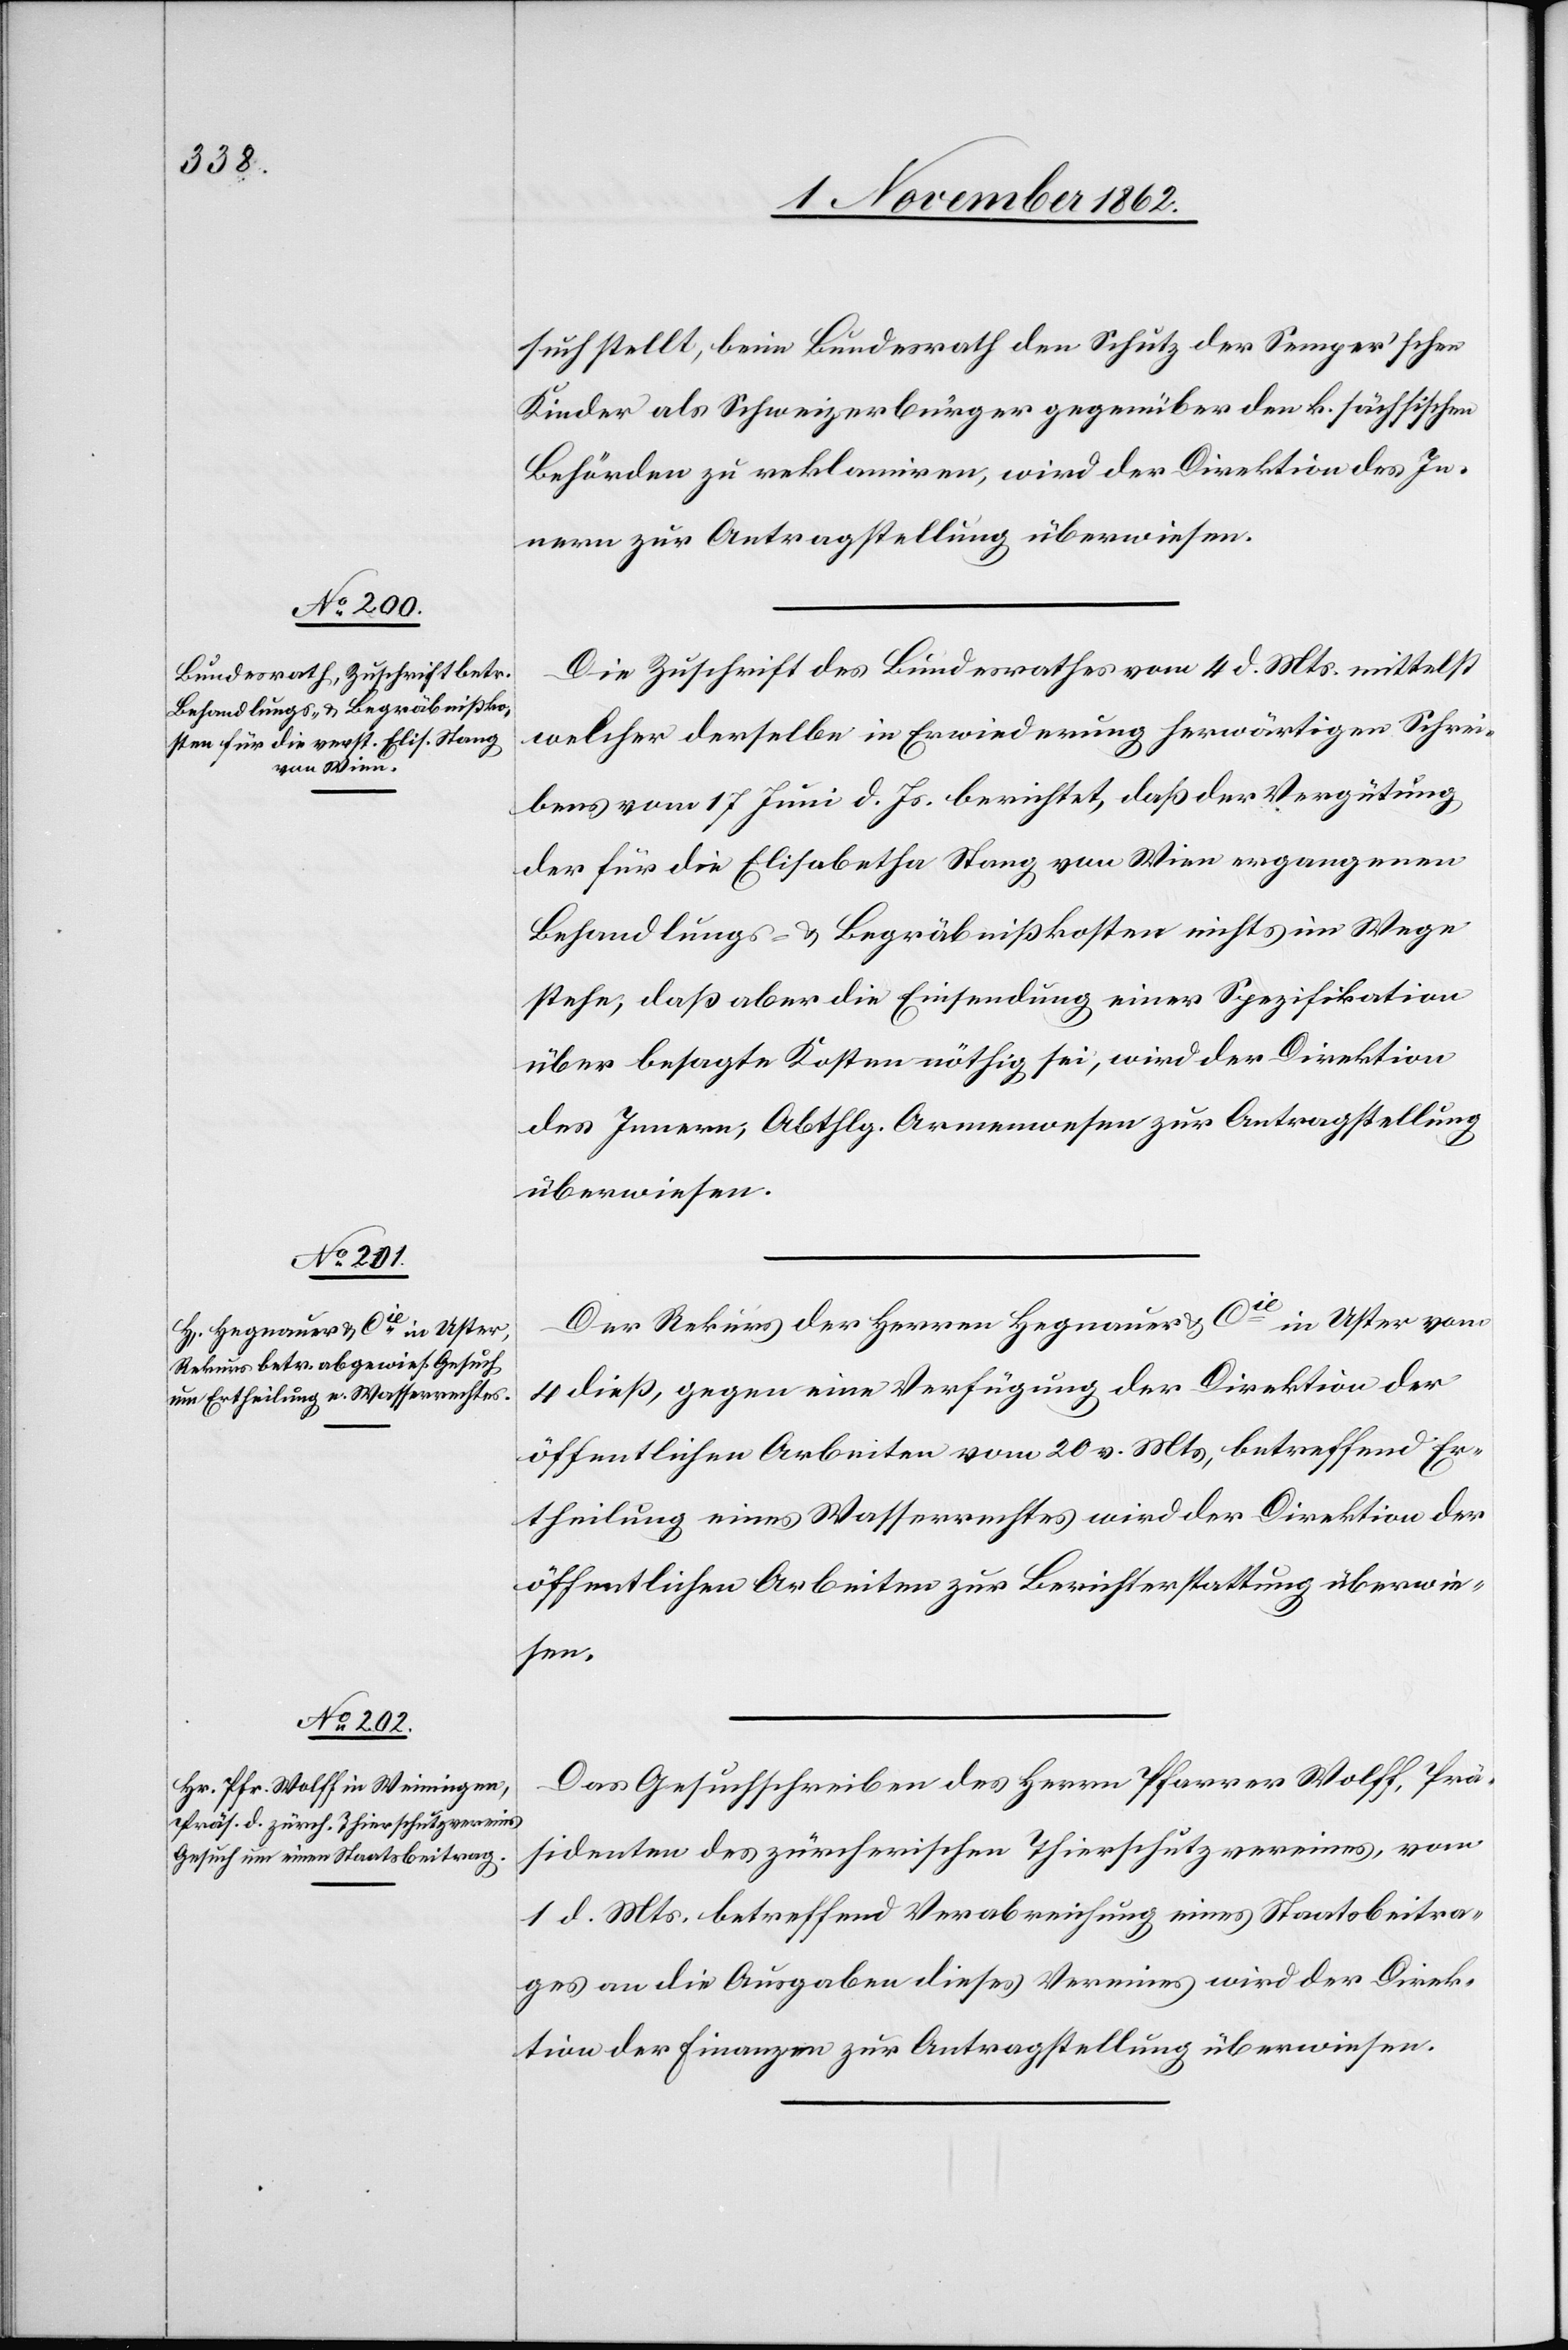
6. November 1862.]
such stellt, beim Bundesrath den Schutz der Semper’schen
Kinder als Schweizerbürger gegenüber den k. sächsischen
Behörden zu reklamiren, wird der Direktion des In¬
nern zur Antragstellung überwiesen.
Die Zuschrift des Bundesrathes vom 4. d. Mts. mittelst
welcher derselbe in Erwiederung herwärtiger Schrei¬
ben vom 17. Juni d. Js. berichtet, daß der Vergütung
der für die Elisabetha Stang von Wien ergangenen
Behandlungs- u. Begräbnißkosten nichts im Wege
stehe, daß aber die Einsendung einer Spezifikation
über besage Kosten nöthig sei, wird der Direktion
des Innern, Abthlg. Armenwesen zur Antragstellung
überwiesen.
Der Rekurs der Herren Hegnauer u. Cie in Uster vom
4. dieß, gegen eine Verfügung der Direktion der
öffentlichen Arbeiten vom 20. v. Mts, betreffend Er¬
theilung eines Wasserrechtes wird der Direktion der
öffentlichen Arbeiten zur Berichterstattung überwie¬
sen.
Das Gesuchschreiben des Herrn Pfarrer Wolff, Prä¬
sidenten des zürcherischen Thierschutzvereines, vom
1. d. Mts, betreffend Verabreichung eines Staatsbeitra¬
ges an die Ausgaben dieses Vereines wird der Direk¬
tion der Finanzen zur Antragstellung überwiesen.